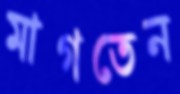
মাগতেন